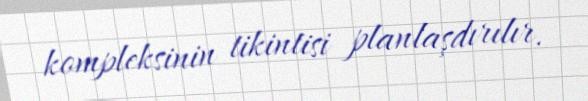
kompleksinin tikintisi planlaşdırılır.